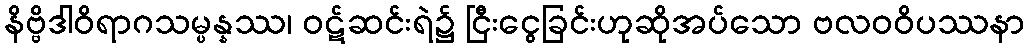
နိဗ္ဗိဒါဝိရာဂသမ္ပန္နဿ၊ ဝဋ်ဆင်းရဲ၌ ငြီးငွေခြင်းဟုဆိုအပ်သော ဗလဝဝိပဿနာ